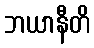
ဘယာနီတိ